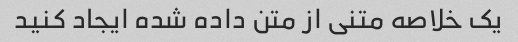
یک خلاصه متنی از متن داده شده ایجاد کنید